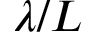
\lambda / L